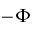
- \Phi